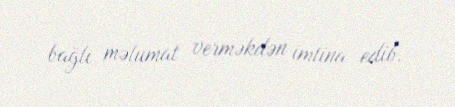
bağlı məlumat verməkdən imtina edib.